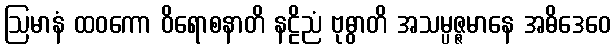
ဩမာနံ ထဝကော ဝိရောစနာတိ နဠိညံ ဗုဓွာတိ အသမ္ပဇ္ဇမာနေ အဓိဒေဝေ